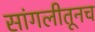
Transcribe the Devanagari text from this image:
सांगलीतूनच